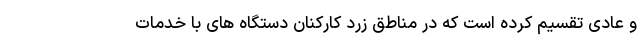
و عادی تقسیم کرده است که در مناطق زرد کارکنان دستگاه های با خدمات